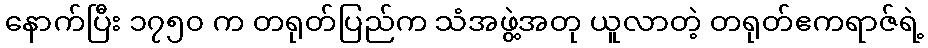
နောက်ပြီး ၁၇၅၀ က တရုတ်ပြည်က သံအဖွဲ့အတု ယူလာတဲ့ တရုတ်ဧကရာဇ်ရဲ့